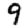
Digit: 9